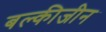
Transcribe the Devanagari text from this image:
बल्कीजीन